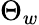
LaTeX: \Theta_{w}